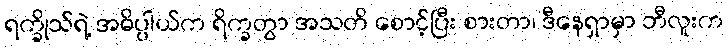
ရက္ခိုသ်ရဲ့ အဓိပ္ပါယ်က ရိက္ခတွာ အသတိ စောင့်ပြီး စားတာ၊ ဒီနေရှာမှာ ဘီလူးက